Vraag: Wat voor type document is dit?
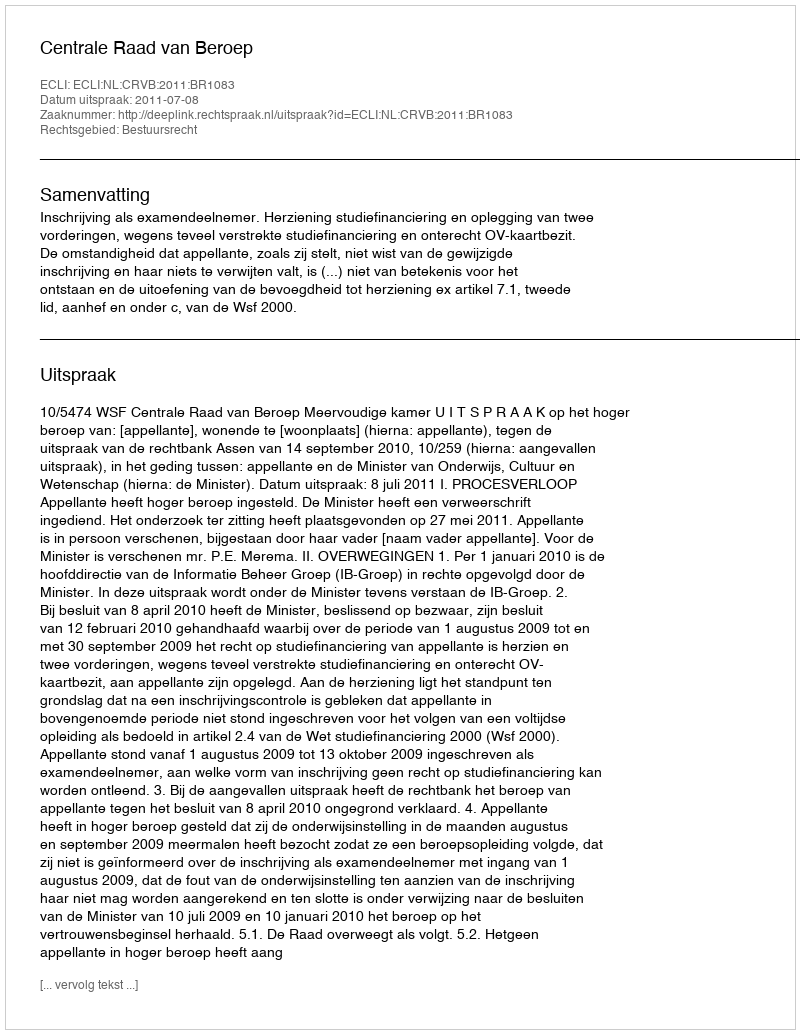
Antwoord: Uitspraak